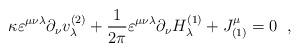
LaTeX: \begin{align*} \kappa\varepsilon^{\mu\nu\lambda}\partial_{\nu}v_{\lambda}^{(2)}+ \frac{1}{2\pi}\varepsilon^{\mu\nu\lambda}\partial_{\nu}H^{(1)}_{\lambda} +J^{\mu}_{(1)}=0 \;\;,\end{align*}